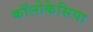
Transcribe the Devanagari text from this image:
कॉलोकेसिया